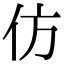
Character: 仿